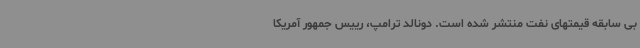
بی سابقه قیمتهای نفت منتشر شده است. دونالد ترامپ، رییس جمهور آمریکا